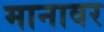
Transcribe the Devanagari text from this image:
मानावर